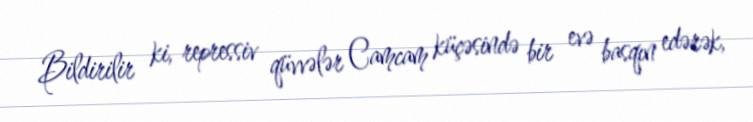
Bildirilir ki, repressiv qüvvələr Camcam küçəsində bir evə basqın edərək,